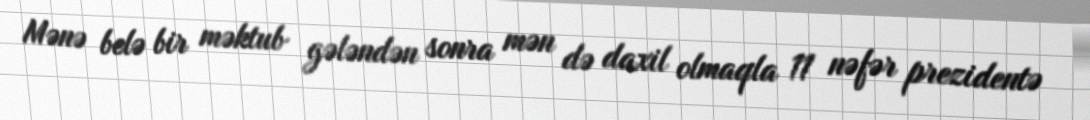
Mənə belə bir məktub gələndən sonra mən də daxil olmaqla 11 nəfər prezidentə